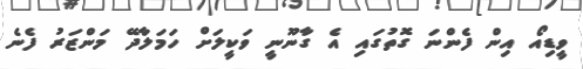
ވީޑިއޯ އިން ފެންނަ ގޮތުގައި އެ ގާނޫނީ ވަކީލަށް ހަމަލާދޭ މަންޒަރު ފެނެ